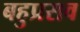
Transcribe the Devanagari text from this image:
बहुप्रसव